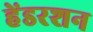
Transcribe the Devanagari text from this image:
हेंडरशन